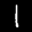
Label: 1